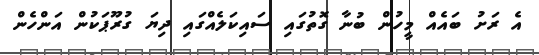
އެ ރަށު ބައެއް މީހުން ބުނާ ގޮތުގައި ސައިކަލެއްގައި ދިޔަ ގުރޫޕަކުން އަންހެން